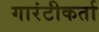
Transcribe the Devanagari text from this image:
गारंटीकर्ता